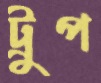
ট্রুপ